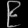
Digit: ၉